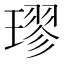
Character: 璆